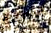
الموهبة